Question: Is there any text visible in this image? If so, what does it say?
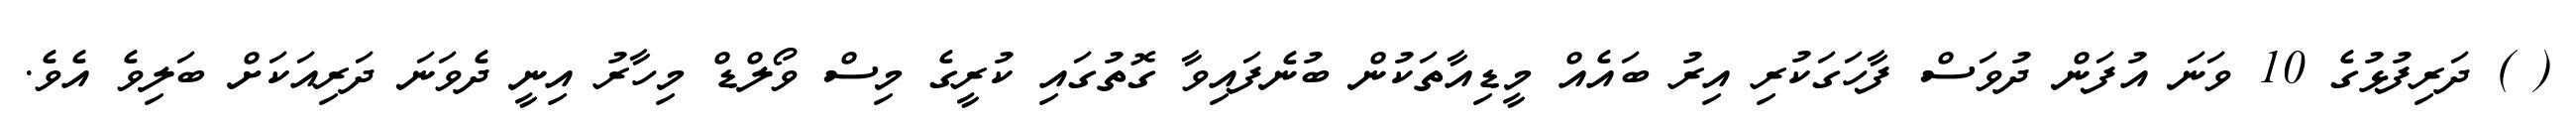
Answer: ( ) ދަރިފުޅުގެ 10 ވަނަ އުފަން ދުވަސް ފާހަގަކުރި އިރު ބައެއް މީޑިއާތަކުން ބުނެފައިވާ ގޮތުގައި ކުރީގެ މިސް ވޯލްޑް މިހާރު އިނީ ދެވަނަ ދަރިއަކަށް ބަލިވެ އެވެ.